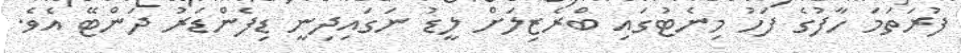
ފުރަތަމަ ހާފުގެ ފަހު މިނެޓުގައި ބްރެޒިލަށް ލީޑު ނަގައިދިނީ ޑިފެންޑަރު ދަންޓޭ އެވެ.